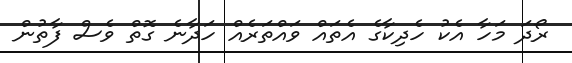
ރޯދަ މަހާ އެކު ހެދިކާގެ އެތައް ވައްތަރެއް ހަދާނެ ގޮތް ވެސް ފާތުން